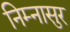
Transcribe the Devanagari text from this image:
निम्नासुर